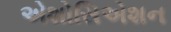
એશોસિએશન